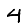
Digit: 4